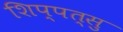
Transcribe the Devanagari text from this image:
शिप्पत्सु